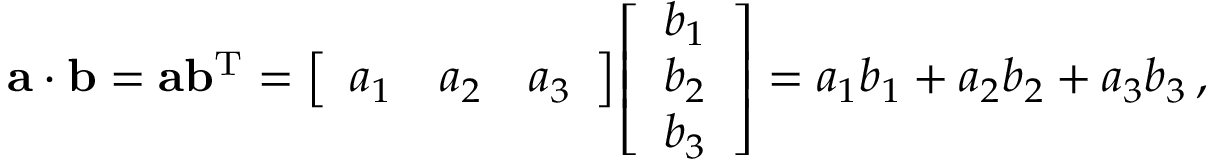
\mathbf { a } \cdot \mathbf { b } = \mathbf { a } \mathbf { b } ^ { \mathrm { T } } = { \left[ \begin{array} { l l l } { a _ { 1 } } & { a _ { 2 } } & { a _ { 3 } } \end{array} \right] } { \left[ \begin{array} { l } { b _ { 1 } } \\ { b _ { 2 } } \\ { b _ { 3 } } \end{array} \right] } = a _ { 1 } b _ { 1 } + a _ { 2 } b _ { 2 } + a _ { 3 } b _ { 3 } \, ,